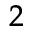
{ ^ 2 }